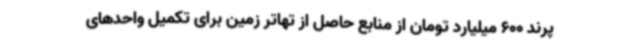
پرند 600 میلیارد تومان از منابع حاصل از تهاتر زمین برای تکمیل واحدهای‌